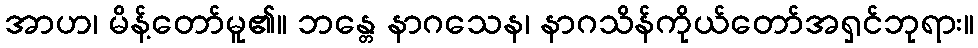
အာဟ၊ မိန့်တော်မူ၏။ ဘန္တေ နာဂသေန၊ နာဂသိန်ကိုယ်တော်အရှင်ဘုရား။